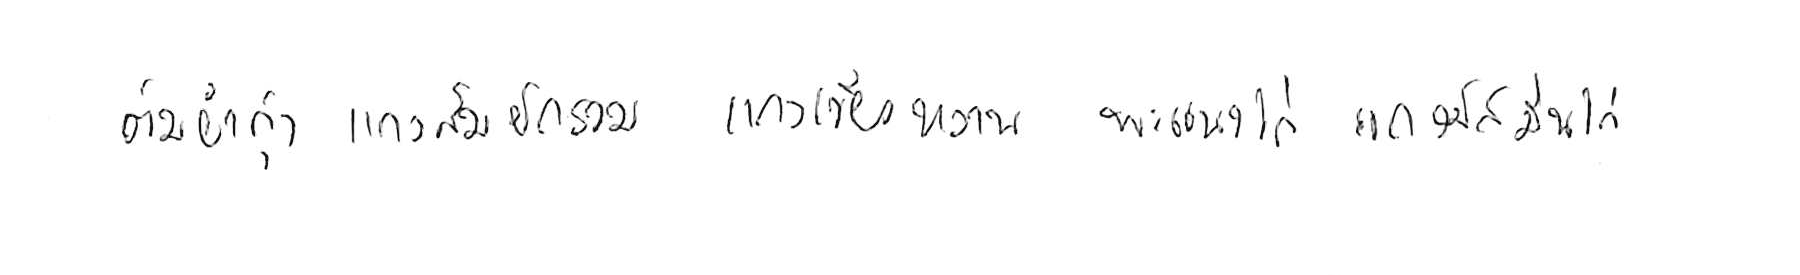
ต้มยำกุ้ง แกงส้มผักรวม แกงเขียวหวาน พะแนงไก่ แกงมัสมั่นไก่